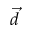
\vec { d }